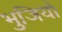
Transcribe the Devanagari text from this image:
भुजियों